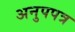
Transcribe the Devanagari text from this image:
अनुपपत्र